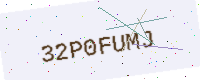
Text: 32P0FUMJ